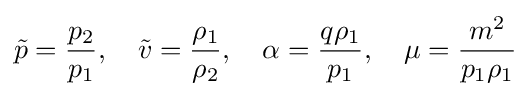
{\tilde {p}}={\frac {p_{2}}{p_{1}}},\quad {\tilde {v}}={\frac {\rho _{1}}{\rho _{2}}},\quad \alpha ={\frac {q\rho _{1}}{p_{1}}},\quad \mu ={\frac {m^{2}}{p_{1}\rho _{1}}}